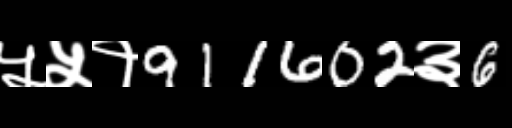
Text: ५५१911602३6